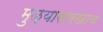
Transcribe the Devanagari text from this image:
मुळ्यासारखाच